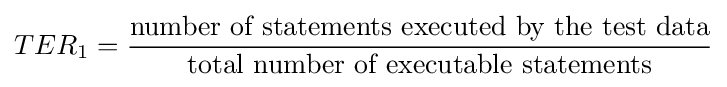
TER_{\text{1}}={\frac {\text{number of statements executed by the test data}}{\text{total number of executable statements}}}